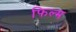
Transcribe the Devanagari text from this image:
फिल्म